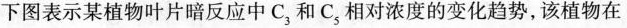
下图表示某植物叶片暗反应中C_{3}和C_{5}，相对浓度的变化趋势，该植物在